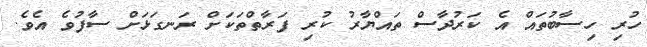
ހުރި ހިސާބުތައް އެ ކަރުދާސް ތައްޔާރު ކުރި ފަރާތްތަކަށް ރަނގަޅަށް ސާފުވެ އެވެ.